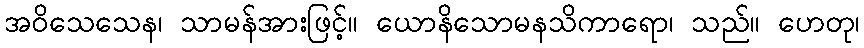
အဝိသေသေန၊ သာမန်အားဖြင့်။ ယောနိသောမနသိကာရော၊ သည်။ ဟေတု၊